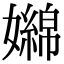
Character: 嬵